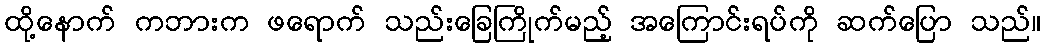
ထို့နောက် ကဘားက ဖရောက် သည်းခြေကြိုက်မည့် အကြောင်းရပ်ကို ဆက်ပြော သည်။